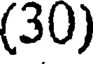
(30)